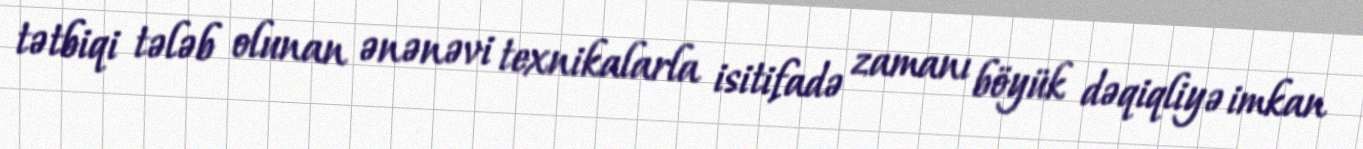
tətbiqi tələb olunan ənənəvi texnikalarla isitifadə zamanı böyük dəqiqliyə imkan